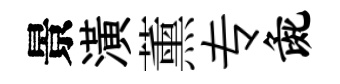
景潢薰专彘